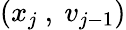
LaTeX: (x_{j}\mathrm{~,~}v_{j-1})